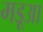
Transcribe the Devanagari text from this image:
मड़ूआ